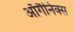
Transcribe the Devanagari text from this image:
ऑर्गैनिक्स